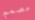
مصمم